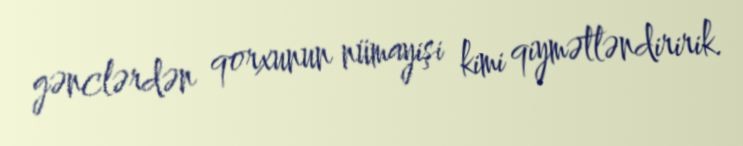
gənclərdən qorxunun nümayişi kimi qiymətləndiririk.